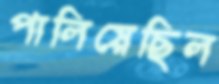
পালিয়েছিল